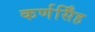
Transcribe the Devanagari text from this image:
कर्णसिँह